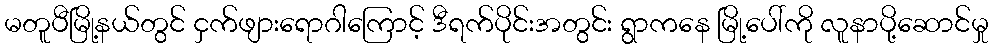
မတူပီမြို့နယ်တွင် ငှက်ဖျားရောဂါကြောင့် ဒီရက်ပိုင်းအတွင်း ရွာကနေ မြို့ပေါ်ကို လူနာပို့ဆောင်မှု